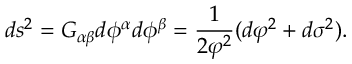
d s ^ { 2 } = { \cal G } _ { \alpha \beta } d \phi ^ { \alpha } d \phi ^ { \beta } = \frac { 1 } { 2 \varphi ^ { 2 } } ( d \varphi ^ { 2 } + d \sigma ^ { 2 } ) .